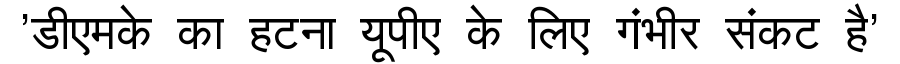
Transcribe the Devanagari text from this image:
'डीएमके का हटना यूपीए के लिए गंभीर संकट है'